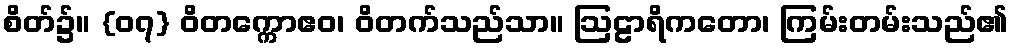
စိတ်၌။ {၀၇} ဝိတက္ကောဧဝ၊ ဝိတက်သည်သာ။ ဩဠာရိကတော၊ ကြမ်းတမ်းသည်၏